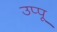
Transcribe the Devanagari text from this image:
उप्पू